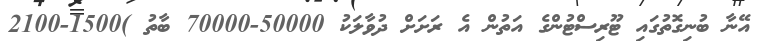
އޭނާ ބުނިގޮތުގައި ޓޫރިސްޓުންގެ އަތުން އެ ރަށަށް ދުވާލަކު 50000-70000 ބާތު )1500-2100